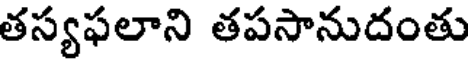
తస్యఫలాని తపసానుదంతు